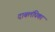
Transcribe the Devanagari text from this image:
दाबलंघिका